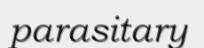
parasitary